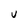
Character: u